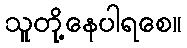
သူတို့နေပါရစေ။